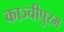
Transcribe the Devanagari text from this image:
काञ्चीपुरम